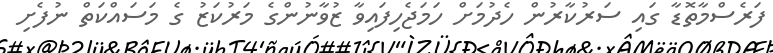
ފަރެސްމާތޮޑާ ގައި ސަރުކާރުން ހެދުމަށް ހަމަޖެހިފައިވާ ޒުވާނުންގެ މަރުކަޒު ގެ މަސައްކަތް ނުފެށި